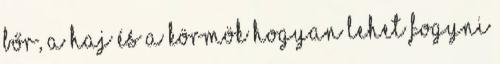
Bőr, A Haj és A Körmök Hogyan Lehet Fogyni